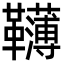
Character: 𩍿